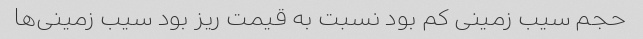
حجم سیب زمینی کم بود نسبت به قیمت ریز بود سیب زمینی‌ها